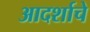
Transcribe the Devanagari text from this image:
आदर्शाचे